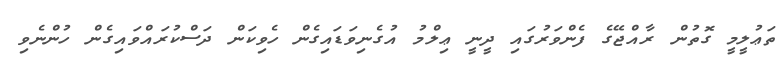
ތަޢުލީމީ ގޮތުން ރާއްޖޭގެ ފެންވަރުގައި ދީނީ ޢިލްމު އުގެނިވަޑައިގެން ހެވިކަން ދަސްކުރައްވައިގެން ހުންނެވި